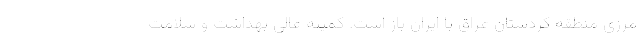
مرزی منطقه کردستان عراق با ایران باز است. کمیته عالی بهداشت و سلامت